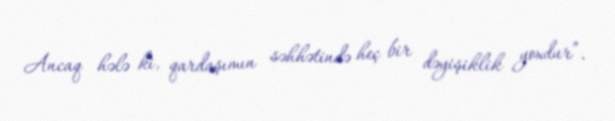
Ancaq hələ ki, qardaşımın səhhətində heç bir dəyişiklik yoxdur”.